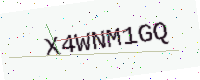
Text: X4WNM1GQ